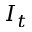
I _ { t }